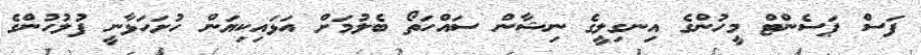
ފަސް ޕަސެންޓް މީހުންގެ އިނގިލީގެ ނިޝާން ސައްހަތޯ ބެލުމަށް އަޅައިކިޔަން ހުށަހަޅާނީ ފުލުހުންގެ